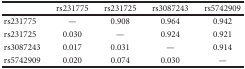
|  | rs231775 | rs231725 | rs3087243 | rs5742909 |
 | --- | --- | --- | --- | --- |
 | rs231775 | — | 0.908 | 0.964 | 0.942 |
 | rs231725 | 0.030 | — | 0.924 | 0.921 |
 | rs3087243 | 0.017 | 0.031 | — | 0.914 |
 | rs5742909 | 0.020 | 0.074 | 0.030 | — |